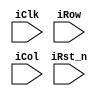
module LED_matrix (
  input         iClk,
  input         iRst_n,
  input  [4:0]  iRow,
  input  [4:0]  iCol
);

  reg    [24:0] LED_status /*synthesis noprune*/;
  reg    [2:0]  count /*synthesis noprune*/;

  /*   Col
       Pin  1   2   3   4   5
    Row 1 | 0 | 0 | 0 | 0 | 0 |
    Pin 2 | 0 | 0 | 0 | 0 | 0 |
        3 | 0 | 0 | 0 | 0 | 0 |
        4 | 0 | 0 | 0 | 0 | 0 |
        5 | 0 | 0 | 0 | 0 | 0 |
    Matrix[Row][Col]
    Row = HIGH & Col = LOW => LED Bright
    ex:
      Input
        Row Pin 1 = HIGH
        Col Pin 1 = LOW
      Output
        LED Matrix[1][1] = Bright
  */

  always @(posedge iClk, negedge iRst_n)begin
    if (!iRst_n) begin
      LED_status <= 24'b0;
    end else begin
      LED_status[4:0]   <= (iRow[0]) ? ~iCol: 5'b0;
      LED_status[9:5]   <= (iRow[1]) ? ~iCol: 5'b0;
      LED_status[14:10] <= (iRow[2]) ? ~iCol: 5'b0;
      LED_status[19:15] <= (iRow[3]) ? ~iCol: 5'b0;
      LED_status[24:20] <= (iRow[4]) ? ~iCol: 5'b0;
    end
  end

endmodule